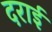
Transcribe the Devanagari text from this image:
दराई